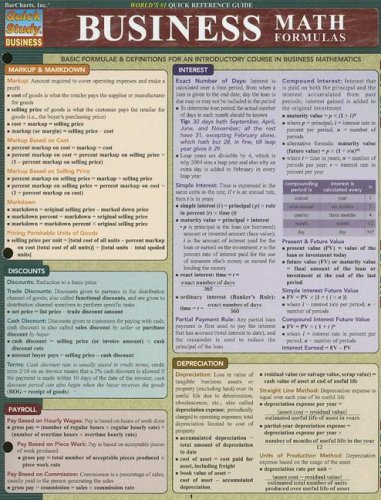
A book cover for Business Math Formulas (Quickstudy: Business); Inc. BarCharts; Business & Money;